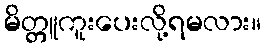
မိတ္တူကူးပေးလို့ရမလား။